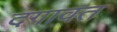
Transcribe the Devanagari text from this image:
दगावत